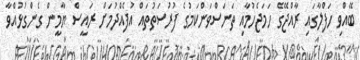
ބޭއްވި ހަފްލާގައި ރާއްޖޭގެ ހަމަޖެހުމާއި ތަނަސްވަންކަމުގެ ފުރުސަތުތައް އުފެއްދުމަށް ރައީސް ޔާމީން ގެންގުޅުއްވާ